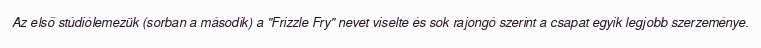
Az első stúdiólemezük (sorban a második) a "Frizzle Fry" nevet viselte és sok rajongó szerint a csapat egyik legjobb szerzeménye.